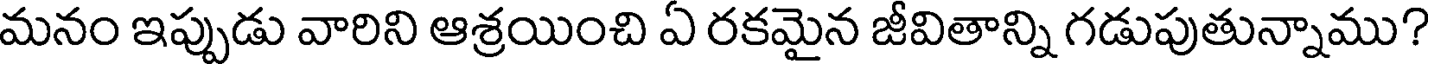
మనం ఇప్పుడు వారిని ఆశ్రయించి ఏ రకమైన జీవితాన్ని గడుపుతున్నాము?